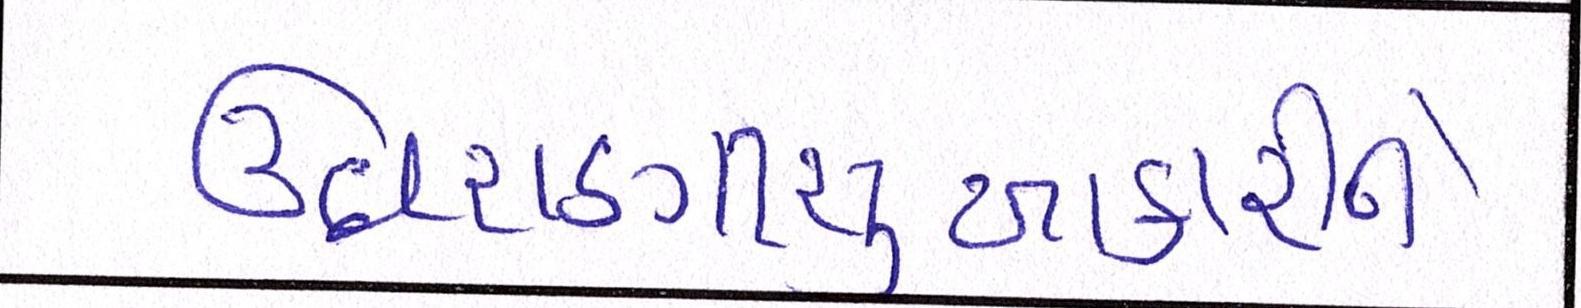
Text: ઉઘરાણીસુખાકારીને